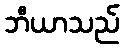
ဘီယာသည်